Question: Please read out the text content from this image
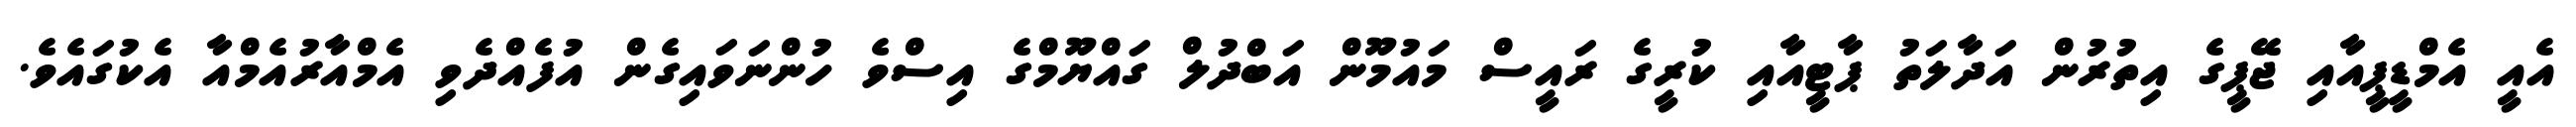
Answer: އެއީ އެމްޑީޕީއާއި ޖޭޕީގެ އިތުރުން އަދާލަތު ޕާޓީއާއި ކުރީގެ ރައީސް މައުމޫން އަބްދުލް ގައްޔޫމްގެ އިސްވެ ހުންނަވައިގެން އުފެއްދެވި އެމްއާރުއެމްއާ އެކުގައެވެ.